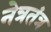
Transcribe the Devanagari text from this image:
नेत्रतंत्र